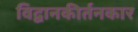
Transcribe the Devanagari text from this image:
विद्वानकीर्तनकार